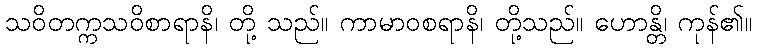
သဝိတက္ကသဝိစာရာနိ၊ တို့ သည်။ ကာမာဝစရာနိ၊ တို့သည်။ ဟောန္တိ၊ ကုန်၏။